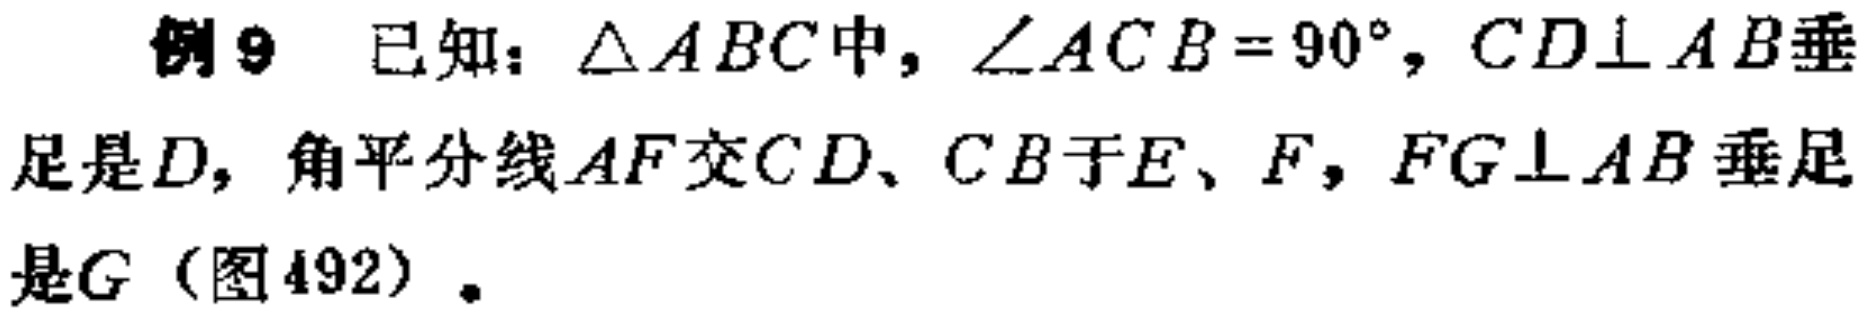
例9 已知：$\triangle ABC$中，$\angle ACB = 90^{\circ}$，$CD\perp AB$垂足是$D$，角平分线$AF$交$CD$、$CB$于$E$、$F$，$FG\perp AB$垂足是$G$（图492）。